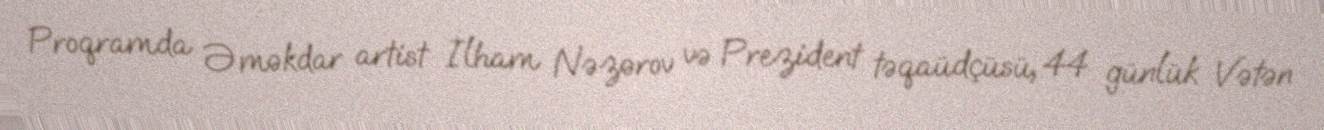
Proqramda Əməkdar artist İlham Nəzərov və Prezident təqaüdçüsü, 44 günlük Vətən